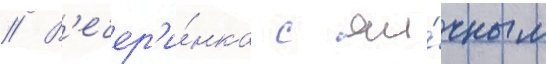
// В'ечер'и́нка с яи́чным